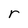
Character: r